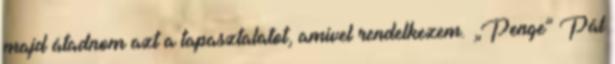
majd átadnom azt a tapasztalatot, amivel rendelkezem. „Penge” Pál